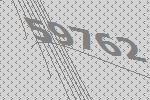
59762